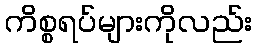
ကိစ္စရပ်များကိုလည်း